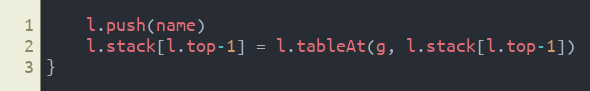
Language: Go
	l.push(name)
	l.stack[l.top-1] = l.tableAt(g, l.stack[l.top-1])
}